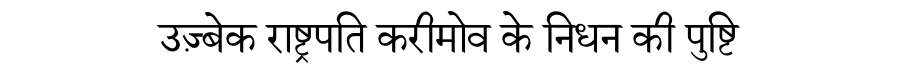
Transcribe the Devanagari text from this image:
उज़्बेक राष्ट्रपति करीमोव के निधन की पुष्टि